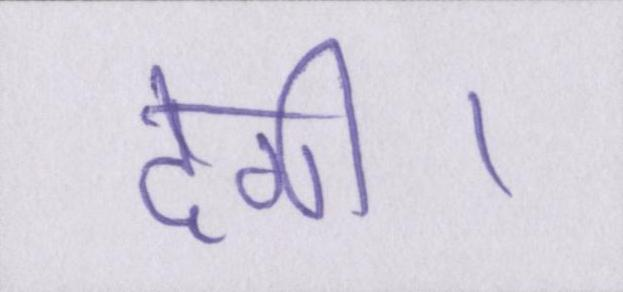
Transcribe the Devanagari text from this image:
देगी।